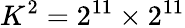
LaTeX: K^{2}=2^{11}\times 2^{11}